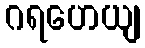
ဂရဟေယျ